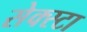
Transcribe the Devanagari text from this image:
सेक्स्टा